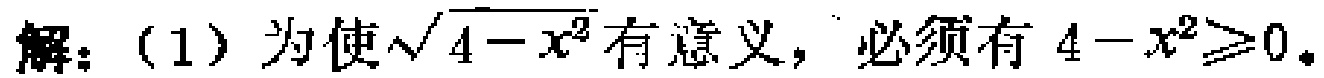
解：（1）为使\(\sqrt{4 - x^{2}}\)有意义，必须有\(4 - x^{2} \geq 0\)。